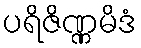
ပရိဇိဏ္ဏမိဒံ